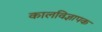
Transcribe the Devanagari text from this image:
कालविज्ञापक